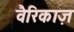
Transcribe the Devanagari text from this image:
वैरिकाज़